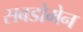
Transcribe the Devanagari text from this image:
सबडोमेन